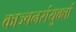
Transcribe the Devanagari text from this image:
काञ्चनसंयुक्तां